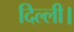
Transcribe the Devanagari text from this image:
दिल्‍ली।